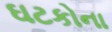
ઘટકોના